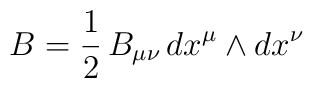
B=\frac{1}{2}\,B_{\mu\nu}\,dx^\mu\wedge dx^\nu